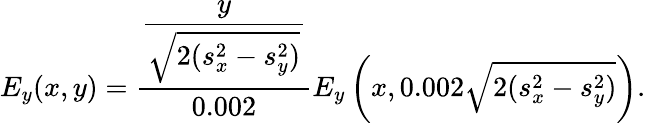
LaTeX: E_{y}(x,y)=\frac{\displaystyle{\frac{y}{\sqrt{2(s_{x}^{2}-s_{y}^{2})}}}}{0.002}E_{y}\left(x,0.002\sqrt{2(s_{x}^{2}-s_{y}^{2})}\right).